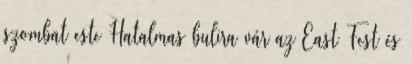
szombat este Hatalmas bulira vár az East Fest és